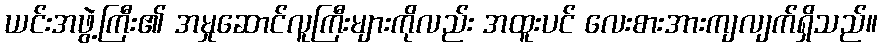
ယင်းအဖွဲ့ကြီး၏ အမှုဆောင်လူကြီးများကိုလည်း အထူးပင် လေးစားအားကျလျက်ရှိသည်။